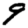
Digit: 9